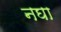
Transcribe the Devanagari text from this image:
नघा